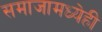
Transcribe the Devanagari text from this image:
समाजामध्येही